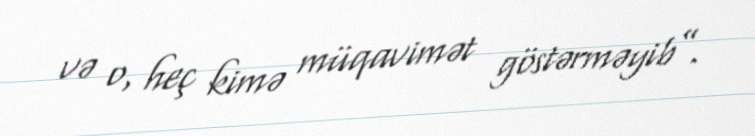
və o, heç kimə müqavimət göstərməyib”.